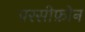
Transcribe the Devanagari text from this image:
परसीफ़ोन